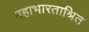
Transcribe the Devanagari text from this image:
महाभारताश्रित